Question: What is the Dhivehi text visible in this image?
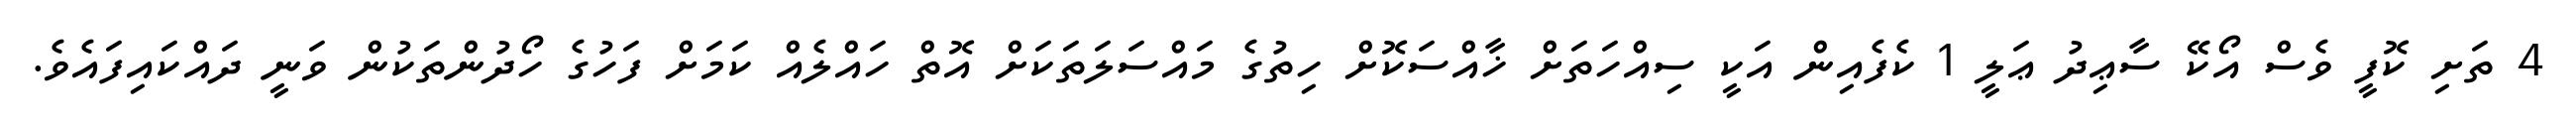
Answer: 4 ތަށި ކޮފީ ވެސް އޯކޭ ސާޢިދު ޢަލީ 1 ކެފެއިން އަކީ ސިއްހަތަށް ޚާއްސަކޮށް ހިތުގެ މައްސަލަތަކަށް އޮތް ހައްލެއް ކަމަށް ފަހުގެ ހޯދުންތަކުން ވަނީ ދައްކައިފައެވެ.